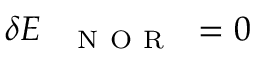
\delta E _ { \mathrm { ~ \texttt ~ { ~ N ~ O ~ R ~ } ~ } } = 0